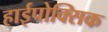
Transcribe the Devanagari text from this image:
हाईपोक्सिक